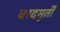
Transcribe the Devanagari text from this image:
वरदमुर्ती